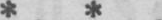
* *